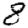
Digit: 8